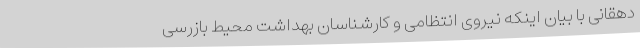
دهقانی با بیان اینکه نیروی انتظامی و کارشناسان بهداشت محیط بازرسی